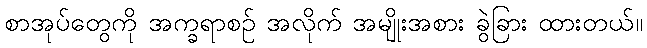
စာအုပ်တွေကို အက္ခရာစဉ် အလိုက် အမျိုးအစား ခွဲခြား ထားတယ်။